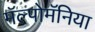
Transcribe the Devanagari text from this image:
मॅल्पोमॅनिया